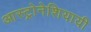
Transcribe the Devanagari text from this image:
आस्ट्रोनेशियायी